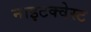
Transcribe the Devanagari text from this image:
नाइटक्वेस्ट